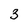
Character: 3